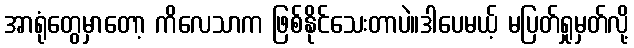
အာရုံတွေမှာတော့ ကိလေသာက ဖြစ်နိုင်သေးတာပဲ။ဒါပေမယ့် မပြတ်ရှုမှတ်လို့